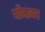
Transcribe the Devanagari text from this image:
मोंनावर